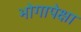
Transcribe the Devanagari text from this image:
भोगापेक्षा